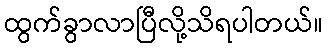
ထွက်ခွာလာပြီလို့သိရပါတယ်။